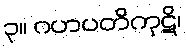
၃။ ဂဟပတိကုဋိ၊